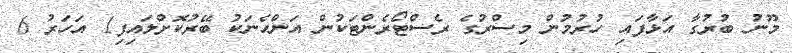
މޫނު ބުރުގާ އަޅާފައި ހުރުމުން މިސްރުގެ ރެސްޓޯރެންޓަކުން އަންހެނަކު ބޭރުކޮށްލައިފި1 އަހަރު 6